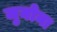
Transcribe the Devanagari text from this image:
जुनोना